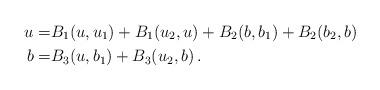
LaTeX: \begin{align*}u =& B_1(u,u_1)+B_1(u_2,u)+B_2(b,b_1)+B_2(b_2,b) \\b =& B_3(u,b_1)+B_3(u_2,b)\,.\end{align*}